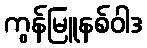
ကွန်မြူနစ်ဝါဒ